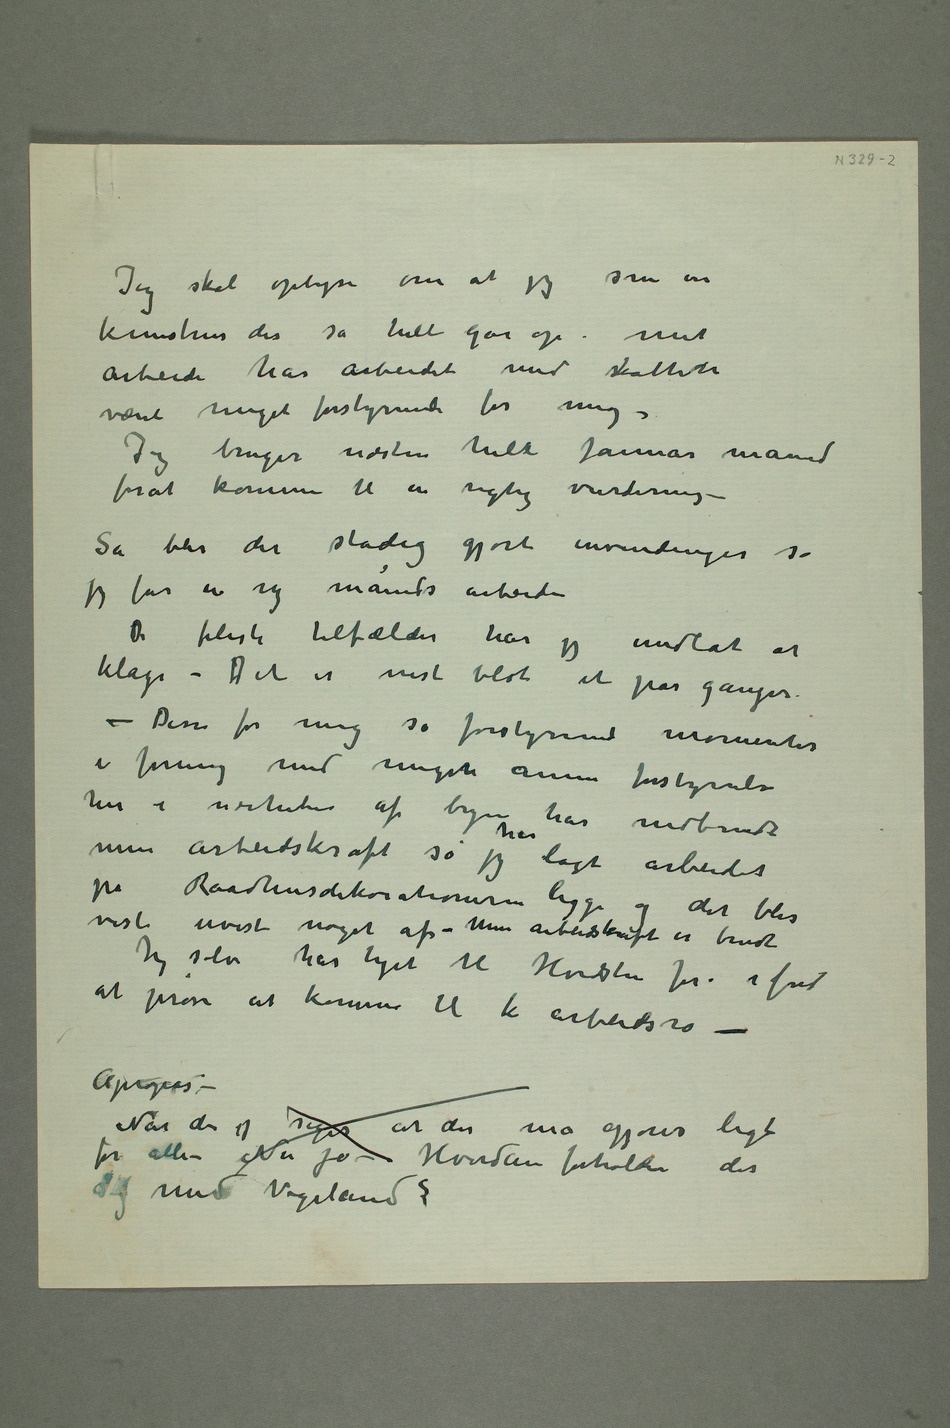
Jeg skal oplyse om at jeg som en
kunstner der så helt går op i mit
arbeide har arbeidet med skatten
været meget forstyrrende for mig –
Jeg bruger næsten hele januar måned
forat komme til en rigtig vurdering –
Så blir det stadig gjort invendinger så
jeg får en ny måneds arbeide
De fleste tilfælder har
jeg undlat at
klage – Det er vist blot et par ganger.
– Disse for mig så forstyrrende momenter
i forening med megetn annen forstyrrelse
her i nærheten af byen har nedbrudt
min arbeidskraft så jeg har lagt arbeidet
på Raadhusdekorationerne ligge og det blir
vist uvist noget af – Min arbeidskraft er brudt
Jeg selv har taget til Hvidsten for i fred
at prøve at komme til k arbeidsro –
Apropos –
Når der  siges at der må gjøres ligt
for alle – Nu jo – Hvordan forholder det
sig med Vigeland?